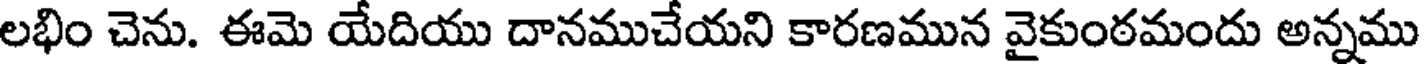
లభిం చెను. ఈమె యేదియు దానముచేయని కారణమున వైకుంఠమందు అన్నము